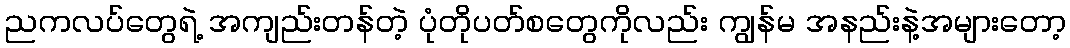
ညကလပ်တွေရဲ့ အကျည်းတန်တဲ့ ပုံတိုပတ်စတွေကိုလည်း ကျွန်မ အနည်းနဲ့အများတော့